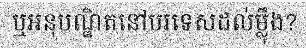
ឬអនុបណ្ឌិតនៅបរទេសដល់ម្ល៉ឹង?